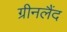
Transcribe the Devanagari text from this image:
ग्रीनलैंद